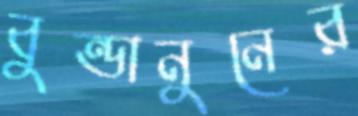
বুন্ডানুনের